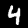
Digit: 4